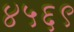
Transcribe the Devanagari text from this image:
४५६९